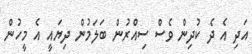
އަދި އެ ދެ ކުދިން ވެސް ސިއްރުން ބަލަމުން ދިޔައީ އެ މީހުން